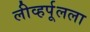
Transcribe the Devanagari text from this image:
लीव्हर्पूलला